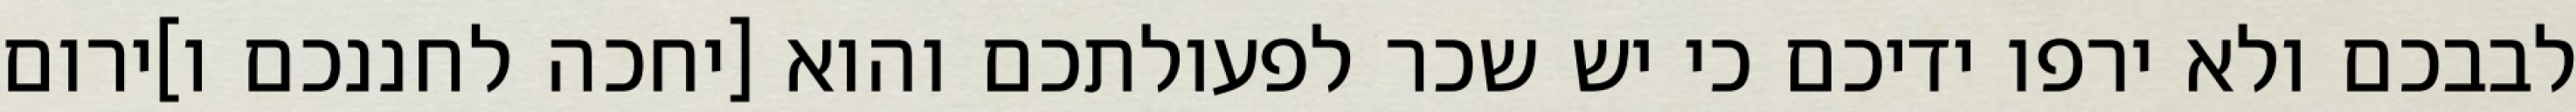
לבבכם ולא ירפו ידיכם כי יש שכר לפעולתכם והוא [יחכה לחננכם ו]ירום